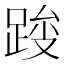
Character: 𰸓